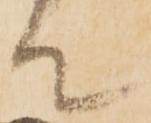
て